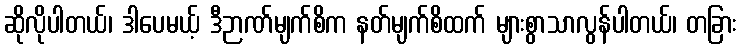
ဆိုလိုပါတယ်၊ ဒါပေမယ့် ဒီဉာဏ်မျက်စိက နတ်မျက်စိထက် များစွာသာလွန်ပါတယ်၊ တခြား